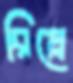
রিপ্লে